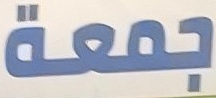
جمعة